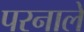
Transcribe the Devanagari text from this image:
परनाले